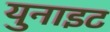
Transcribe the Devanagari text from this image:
युनाइट